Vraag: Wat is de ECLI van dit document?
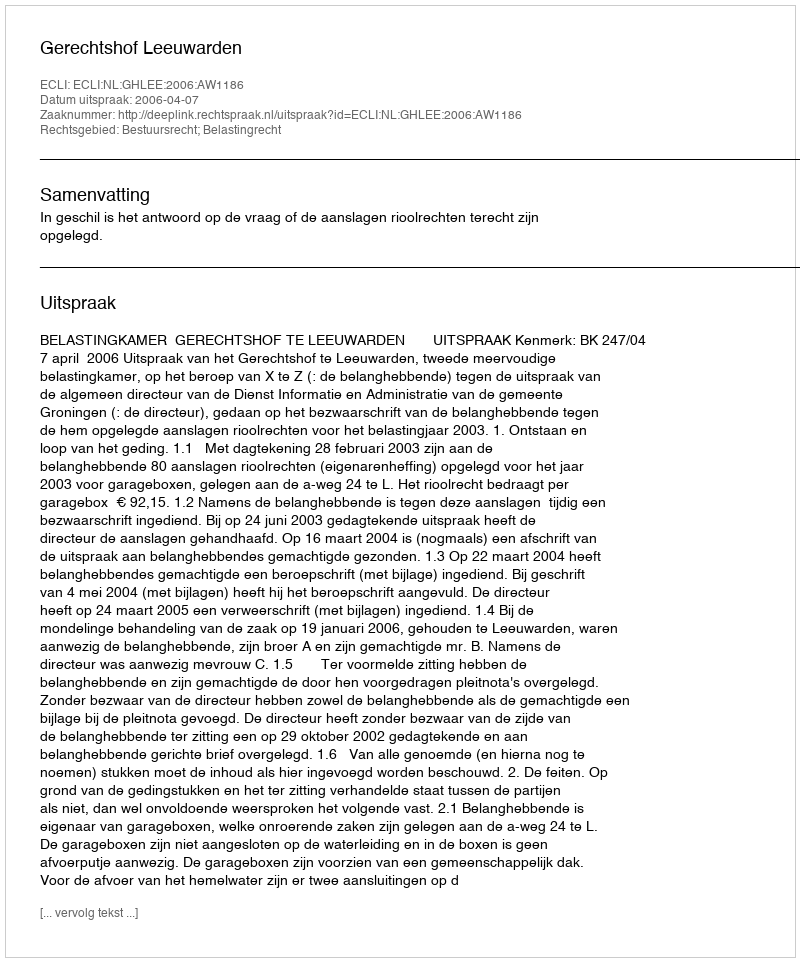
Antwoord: ECLI:NL:GHLEE:2006:AW1186